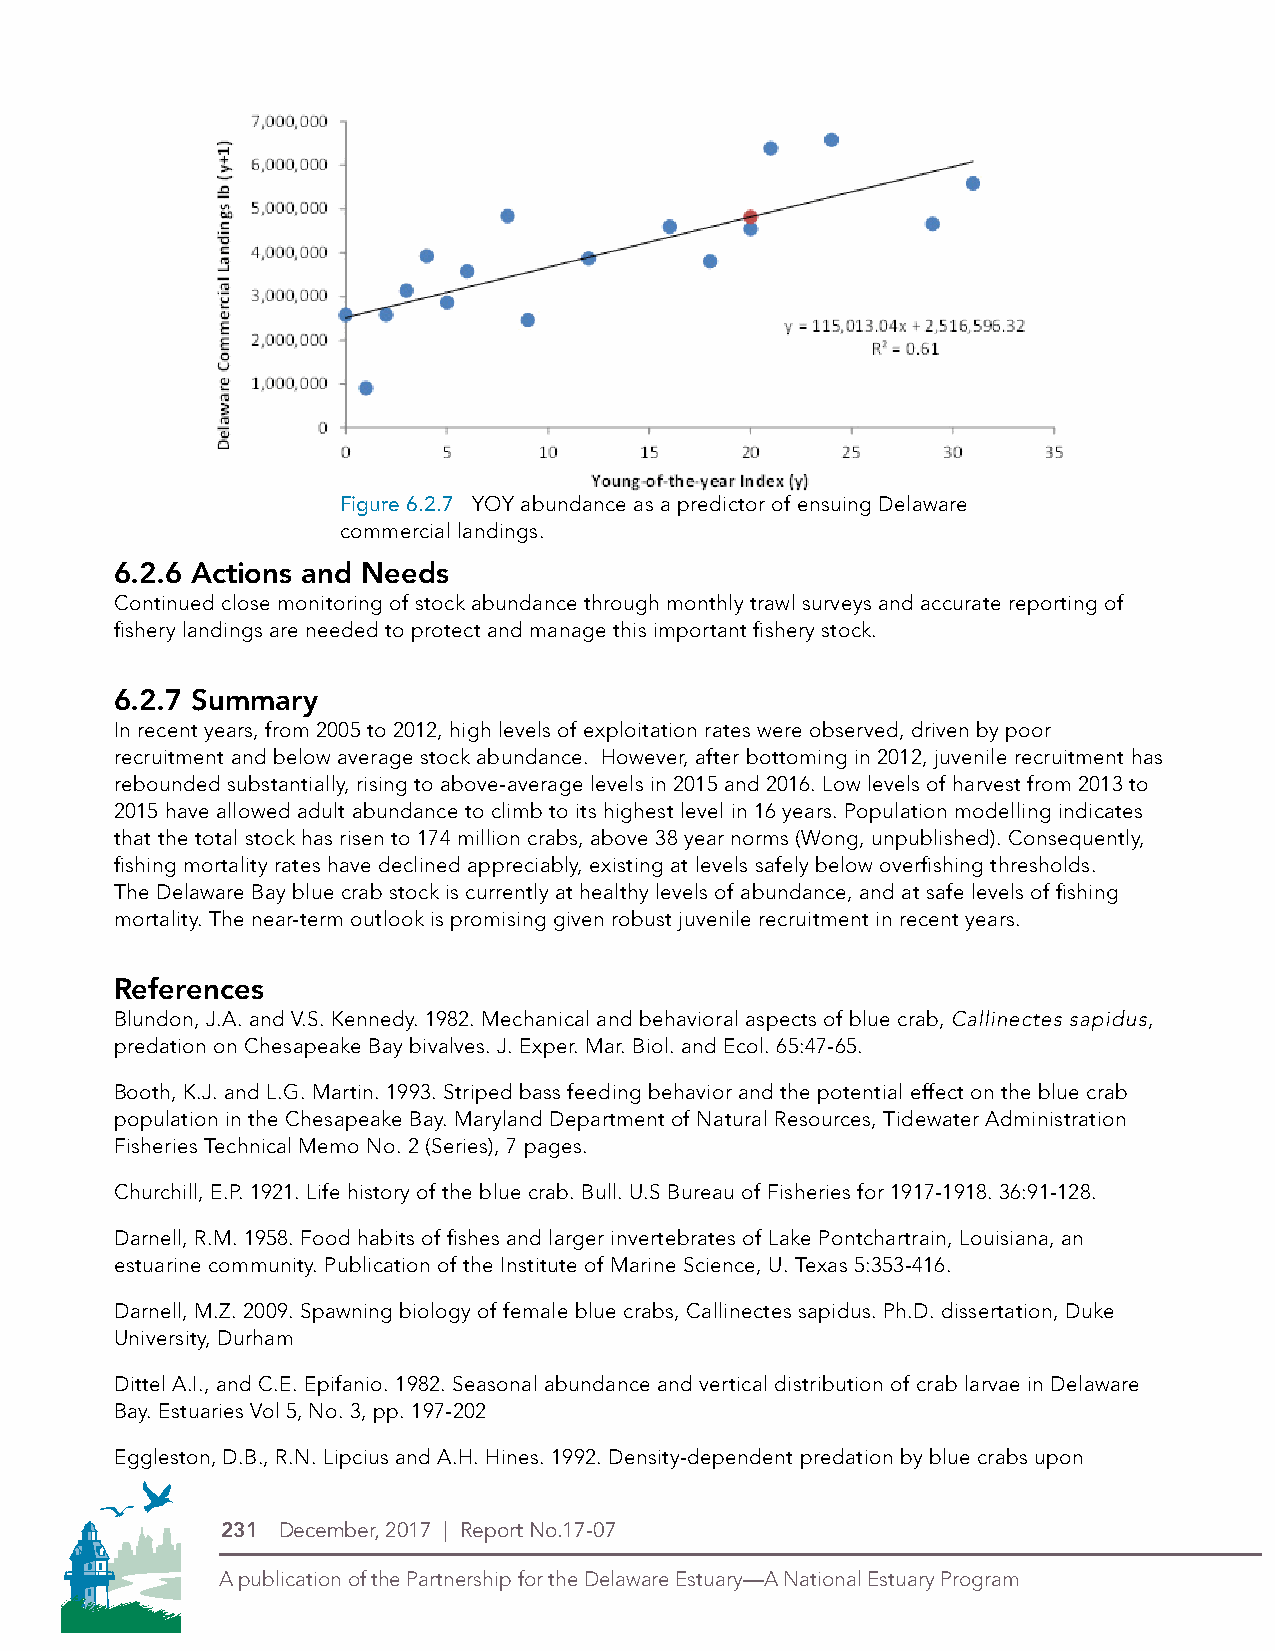
Figure 6.2.7 YOY abundance as a predictor of ensuing Delaware
 commercial landings.
 6.2.6 Actions and Needs
 Continued close monitoring of stock abundance through monthly trawl surveys and accurate reporting of
 fishery landings are needed to protect and manage this important fishery stock.
 6.2.7 Summary
 In recent years, from 2005 to 2012, high levels of exploitation rates were observed, driven by poor
 recruitment and below average stock abundance. However, after bottoming in 2012, juvenile recruitment has
 rebounded substantially, rising to above-average levels in 2015 and 2016. Low levels of harvest from 2013 to
 2015 have allowed adult abundance to climb to its highest level in 16 years. Population modelling indicates
 that the total stock has risen to 174 million crabs, above 38 year norms (Wong, unpublished). Consequently,
 fishing mortality rates have declined appreciably, existing at levels safely below overfishing thresholds.
 The Delaware Bay blue crab stock is currently at healthy levels of abundance, and at safe levels of fishing
 mortality. The near-term outlook is promising given robust juvenile recruitment in recent years.
 References
 Blundon, J.A. and V.S. Kennedy. 1982. Mechanical and behavioral aspects of blue crab, Callinectes sapidus,
 predation on Chesapeake Bay bivalves. J. Exper. Mar. Biol. and Ecol. 65:47-65.
 Booth, K.J. and L.G. Martin. 1993. Striped bass feeding behavior and the potential effect on the blue crab
 population in the Chesapeake Bay. Maryland Department of Natural Resources, Tidewater Administration
 Fisheries Technical Memo No. 2 (Series), 7 pages.
 Churchill, E.P. 1921. Life history of the blue crab. Bull. U.S Bureau of Fisheries for 1917-1918. 36:91-128.
 Darnell, R.M. 1958. Food habits of fishes and larger invertebrates of Lake Pontchartrain, Louisiana, an
 estuarine community. Publication of the Institute of Marine Science, U. Texas 5:353-416.
 Darnell, M.Z. 2009. Spawning biology of female blue crabs, Callinectes sapidus. Ph.D. dissertation, Duke
 University, Durham
 Dittel A.I., and C.E. Epifanio. 1982. Seasonal abundance and vertical distribution of crab larvae in Delaware
 Bay. EPsDtuEa Lroiegso sV ion l4 5-C, oNloor .P 3ro, cpepss. (1C9M7Y-K20)2
 Eggleston, DT.HBIS. ,IS RTH.EN N.E WL iLpOGcOius and A.H. Hines. 1992. Density-dependent predation by blue crabs upon
 231 December, 2017 | Report No.17-07
 A publication of the Partnership for the Delaware Estuary—A National Estuary Program A publication of the Partnership for the Delaware Estuary—A National Estuary Program
 Symbol Alone
 Logo with stacked type
 Type Alone